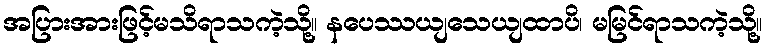
အပြားအားဖြင့်မသိရာသကဲ့သို့။ နပေဿယျသေယျထာပိ၊ မမြင်ရာသကဲ့သို့။